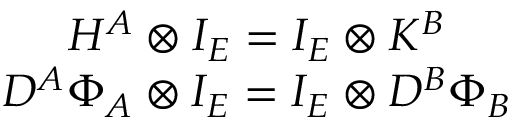
\begin{array} { c } { { H ^ { A } \otimes I _ { E } = I _ { E } \otimes K ^ { B } } } \\ { { D ^ { A } \Phi _ { A } \otimes I _ { E } = I _ { E } \otimes D ^ { B } \Phi _ { B } } } \end{array}